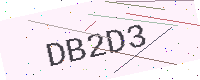
Text: DB2D3